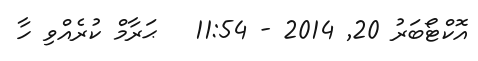
އޮކްޓޯބަރު 20